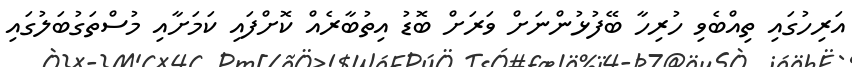
އަރިހުގައި ތިއްބެވި ހުރިހާ ބޭފުޅުންނަށް ވަރަށް ބޮޑު އިތުބާރެއް ކޮށްފައި ކަމަށާއި މުސްތަގުބަލުގައި